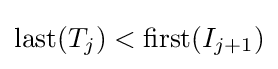
{\text{last}}(T_{j})<{\text{first}}(I_{j+1})